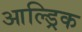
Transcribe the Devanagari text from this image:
आल्ड्रिक